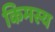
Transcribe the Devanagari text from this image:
किमस्य